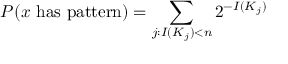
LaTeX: P ( x { \mathrm { ~ h a s ~ p a t t e r n } } ) = \sum _ { j : I ( K _ { j } ) < n } 2 ^ { - I ( K _ { j } ) }